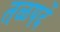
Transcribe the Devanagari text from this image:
तळपदें